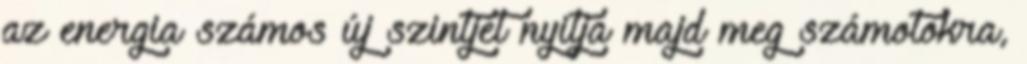
az energia számos új szintjét nyitja majd meg számotokra,